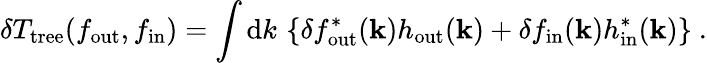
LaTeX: \delta T_{\mathrm{tree}}(f_{\mathrm{out}},f_{\mathrm{in}})=\int\mathrm{d}k\, \left\{ \delta f_{\mathrm{out}}^{*}({\mathbf k})h_{\mathrm{out}}({\mathbf k})+\delta f_{\mathrm{in}}({\mathbf k})h_{\mathrm{in}}^{*}({\mathbf k})\right\} \ .